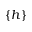
\{ h \}